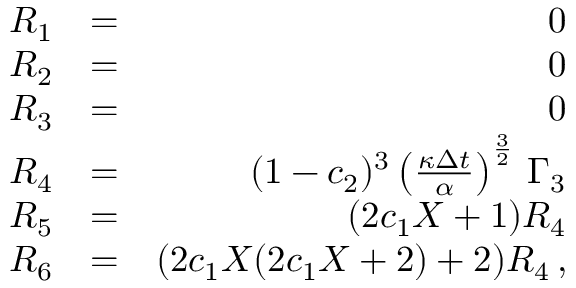
\begin{array} { r l r } { { \cal R } _ { 1 } } & { = } & { 0 } \\ { { \cal R } _ { 2 } } & { = } & { 0 } \\ { { \cal R } _ { 3 } } & { = } & { 0 } \\ { { \cal R } _ { 4 } } & { = } & { ( 1 - c _ { 2 } ) ^ { 3 } \left( \frac { \kappa \Delta { t } } { \alpha } \right) ^ { \frac { 3 } { 2 } } \, \Gamma _ { 3 } } \\ { { \cal R } _ { 5 } } & { = } & { ( 2 c _ { 1 } X + 1 ) { \cal R } _ { 4 } } \\ { { \cal R } _ { 6 } } & { = } & { ( 2 c _ { 1 } X ( 2 c _ { 1 } X + 2 ) + 2 ) { \cal R } _ { 4 } \, , } \end{array}